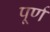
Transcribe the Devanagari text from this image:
पूर्ण